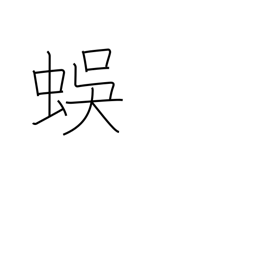
Meaning: centipede